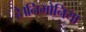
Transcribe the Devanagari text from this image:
है।निमोनिया